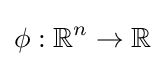
\phi :\mathbb {R} ^{n}\to \mathbb {R}